Lunatic asylums Central Provinces reports 1886-1894 - 1886-1894
Year: 1886
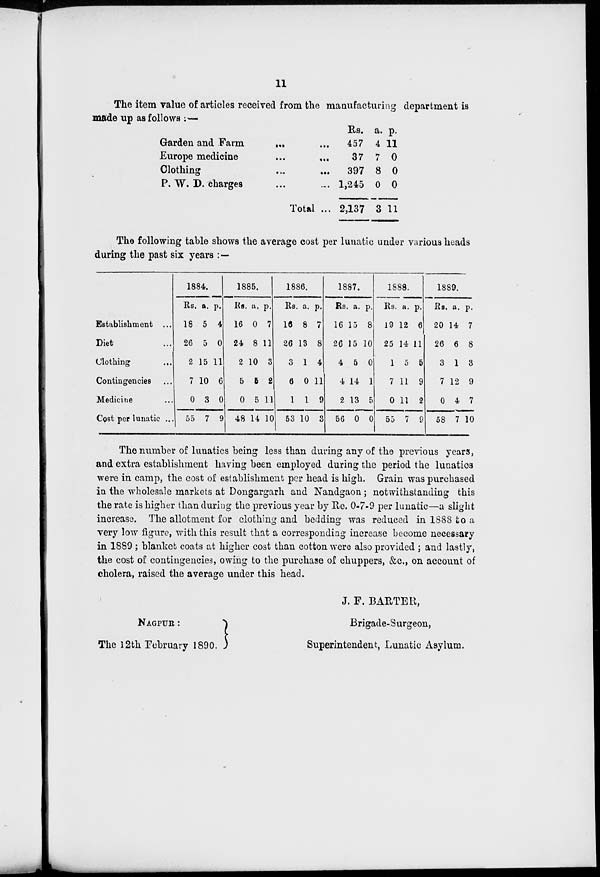
11
The item value of articles received from the manufacturing department is
made up as follows :—
Garden and Farm
... ...
Europe medicine ... ...
Clothing
...
...
P. W. D. charges ... ...
Total ...
Rs.
457
37
397
1,245
2,137
a.
4
7
8
0
3
p.
11
0
0
0
11
The following table shows the average cost per lunatic under various heads
during the past six years : —
Establishment ...
Diet ...
Clothing
...
Contingencies ...
Medicine ...
Cost per lunatic ...
1884.
Rs.
18
26
2
7
0
55
a.
5
5
15
10
3
7
p.
4
0
11
6
0
9
1885.
Rs.
16
24
2
5
0
48
a.
0
8
10
5
5
14
p.
7
11
3
2
11
10
1886.
Rs.
16
26
3
6
1
53
a.
8
13
1
0
1
10
p.
7
8
4
11
9
3
1887.
Rs.
16
26
4
4
2
56
a.
15
15
5
14
13
0
p.
8
10
0
1
5
0
1888.
Rs.
19
25
1
7
0
55
a.
12
14
5
11
11
7
p.
6
11
5
9
2
9
1889.
Rs.
20
26
3
7
0
58
a.
14
6
1
12
4
7
p.
7
8
3
9
7
10
The number of lunatics being less than during any of the previous years,
and extra establishment having been employed during the period the lunatics
were in camp, the cost of establishment per head is high. Grain was purchased
in the wholesale markets at Dongargarh and Nandgaon; notwithstanding this
the rate is higher than during the previous year by Re. 0-7-9 per lunatic—a slight
increase. The allotment for clothing and bedding was reduced in 1888 to a
very low figure, with this result that a corresponding increase become necessary
in 1889; blanket coats at higher cost than cotton were also provided ; and lastly,
the cost of contingencies, owing to the purchase of chuppers, &c., on account of
cholera, raised the average under this head.
NAGPUR :
The 12th February 1890.
J. F. BARTER,
Brigade-Surgeon,
Superintendent, Lunatic Asylum.